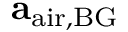
\mathbf { a } _ { \mathrm { a i r } , \mathrm { B G } }